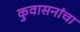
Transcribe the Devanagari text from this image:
कुवासनांचा